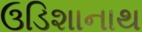
ઉડિશાનાથ